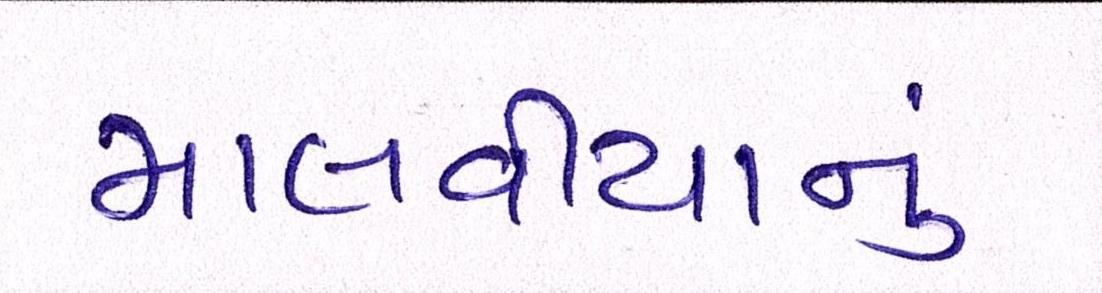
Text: માલવીયાનું